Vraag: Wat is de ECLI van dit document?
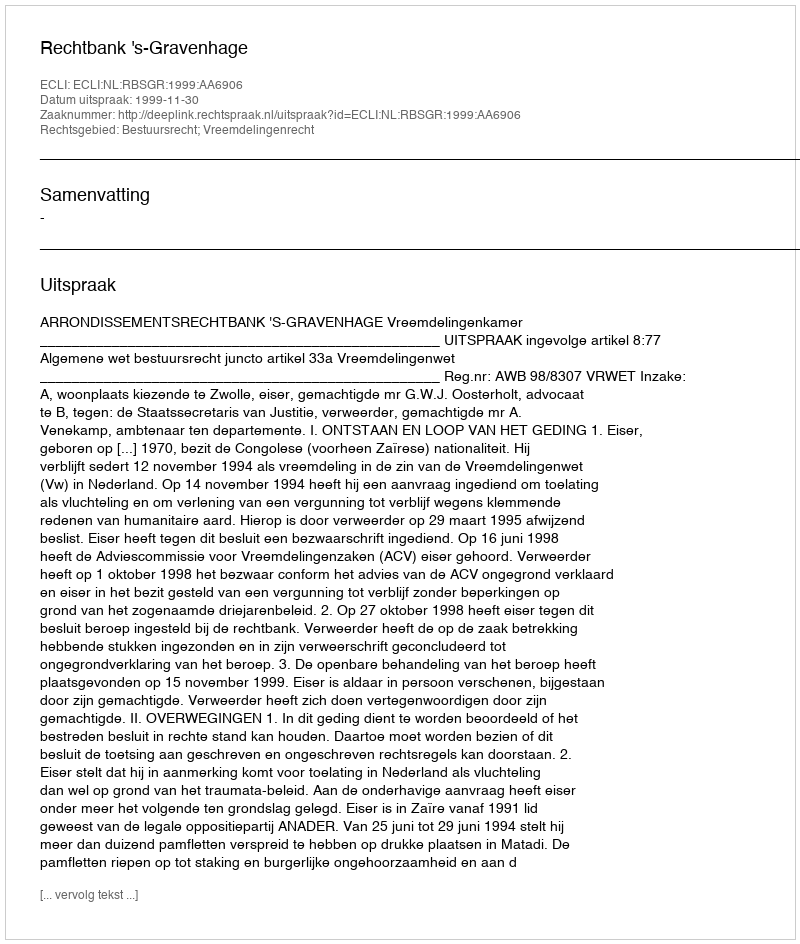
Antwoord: ECLI:NL:RBSGR:1999:AA6906